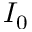
I _ { 0 }